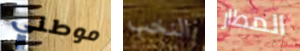
موطني النخب المطار